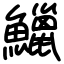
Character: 鱲